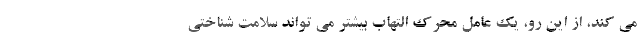
می کند، از این رو، یک عامل محرک التهاب بیشتر می تواند سلامت شناختی